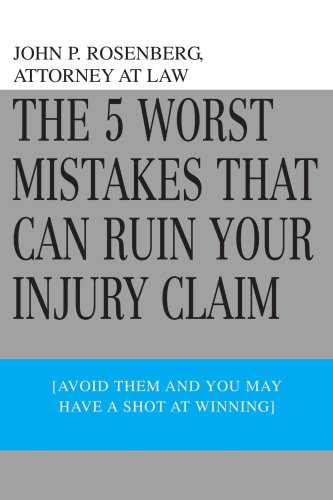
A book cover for The 5 Worst Mistakes That Can Ruin Your Injury Claim: The Premier Guide To Accident & Injury Cases In California; John Rosenberg; Law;